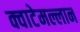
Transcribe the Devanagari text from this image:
क्वाटेमल्लान